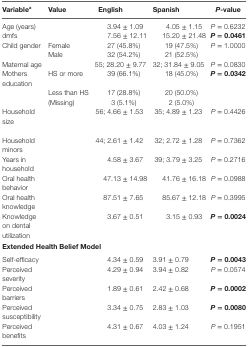
| Variablea | Value | English | Spanish | P-value |
 | --- | --- | --- | --- | --- |
 | Age (years) |  | 3.94 ± 1.09 | 4.05 ± 1.15 | P = 0.6232 |
 | dmfs |  | 7.56 ± 12.11 | 15.20 ± 21.48 | P = 0.0461 |
 | Child gender | Female | 27 (45.8%) | 19 (47.5%) | P = 1.0000 |
 |  | Male | 32 (54.2%) | 21 (52.5%) |  |
 | Maternal age |  | 55; 28.20 ± 9.77 | 32; 31.84 ± 9.05 | P = 0.0830 |
 | Mothers education | HS or more | 39 (66.1%) | 18 (45.0%) | P = 0.0342 |
 |  | Less than HS | 17 (28.8%) | 20 (50.0%) |  |
 |  | (Missing) | 3 (5.1%) | 2 (5.0%) |  |
 | Household size |  | 56; 4.66 ± 1.53 | 35; 4.89 ± 1.23 | P = 0.4426 |
 | Household minors |  | 44; 2.61 ± 1.42 | 32; 2.72 ± 1.28 | P = 0.7362 |
 | Years in household |  | 4.58 ± 3.67 | 39; 3.79 ± 3.25 | P = 0.2716 |
 | Oral health behavior |  | 47.13 ± 14.98 | 41.76 ± 16.18 | P = 0.0988 |
 | Oral health knowledge |  | 87.51 ± 7.65 | 85.67 ± 12.18 | P = 0.3995 |
 | Knowledge on dental utilization |  | 3.67 ± 0.51 | 3.15 ± 0.93 | P = 0.0024 |
 | <COLSPAN=5> Extended Health Belief Model |
 | Self-efficacy |  | 4.34 ± 0.59 | 3.91 ± 0.79 | P = 0.0043 |
 | Perceived severity |  | 4.29 ± 0.94 | 3.94 ± 0.82 | P = 0.0574 |
 | Perceived barriers |  | 1.89 ± 0.61 | 2.42 ± 0.68 | P = 0.0002 |
 | Perceived susceptibility |  | 3.34 ± 0.75 | 2.83 ± 1.03 | P = 0.0080 |
 | Perceived benefits |  | 4.31 ± 0.67 | 4.03 ± 1.24 | P = 0.1951 |